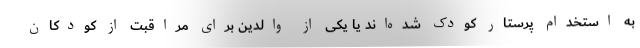
به استخدام پرستار کودک شده‌اند یا یکی از والدین برای مراقبت از کودکان